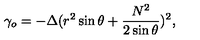
\gamma _ { o } = - \Delta ( r ^ { 2 } \sin \theta + \frac { N ^ { 2 } } { 2 \sin \theta } ) ^ { 2 } ,